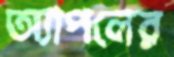
অ্যাপলের